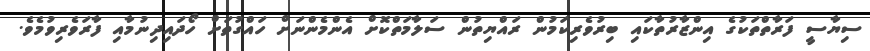
ސިޔާސީ ފަރާތްތަކުގެ އިންޒާރުތާކައި ބިރުވެރިކަމުން ރައްޔިތުން ސަލާމަތްކޮށް އެންމެންނަށް ހައްގުތަށް ހޯދައިދިނުމާއި ފާރަވެރިވުމެވެ.